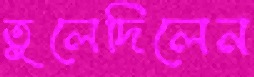
তুলেদিলেন